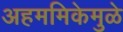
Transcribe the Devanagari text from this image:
अहममिकेमुळे